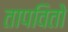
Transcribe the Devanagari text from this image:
तापवितो